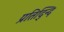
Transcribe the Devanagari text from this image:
प्रतिद्न्दि